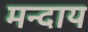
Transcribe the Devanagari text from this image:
मन्दाय